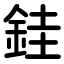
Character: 銈